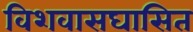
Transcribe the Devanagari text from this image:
विशवासघासित